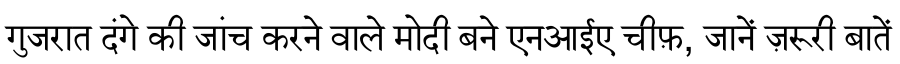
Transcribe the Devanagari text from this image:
गुजरात दंगे की जांच करने वाले मोदी बने एनआईए चीफ़, जानें ज़रूरी बातें